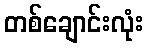
တစ်ချောင်းလုံး